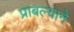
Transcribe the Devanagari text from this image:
प्राबल्याने